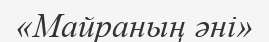
«Майраның әні»